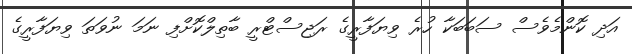
އަދި ކޮންމެވެސް ސަބަބަކާ ހުރެ ވިޔަފާރީގެ ރަޖިސްޓްރީ ބާތިލްކޮށްފި ނަމަ ނުވަތަ ވިޔަފާރީގެ